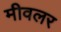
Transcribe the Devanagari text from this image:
मीवलर